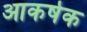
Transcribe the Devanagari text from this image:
आकर्षक